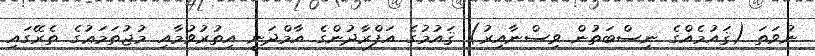
ނުވަތަ (ޤައުމެއްގެ ނިސްބަތުން ވިސްނާއިރު) ޤައުމުގެ އަފްރާދުންގެ އާމްދަނީ އިތުރުވުމާއި މުޖުތަމަޢުގެ ތެރޭގައި